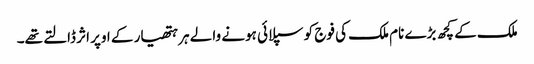
ملک کے کچھ بڑے نام ملک کی فوج کو سپلائی ہونے والے ہر ہتھیار کے اوپر اثر ڈالتے تھے۔